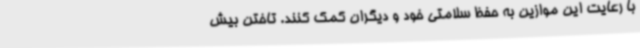
با رعایت این موازین به حفظ سلامتی خود و دیگران کمک کنند. تاختن بیش